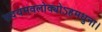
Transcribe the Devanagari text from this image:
सदयमवलोक्योऽहमधुना।